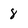
Character: 8